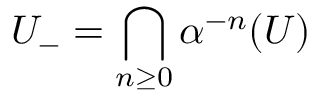
U _ { - } = \bigcap _ { n \geq 0 } \alpha ^ { - n } ( U )